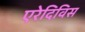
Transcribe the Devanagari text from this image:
एरेदिविस